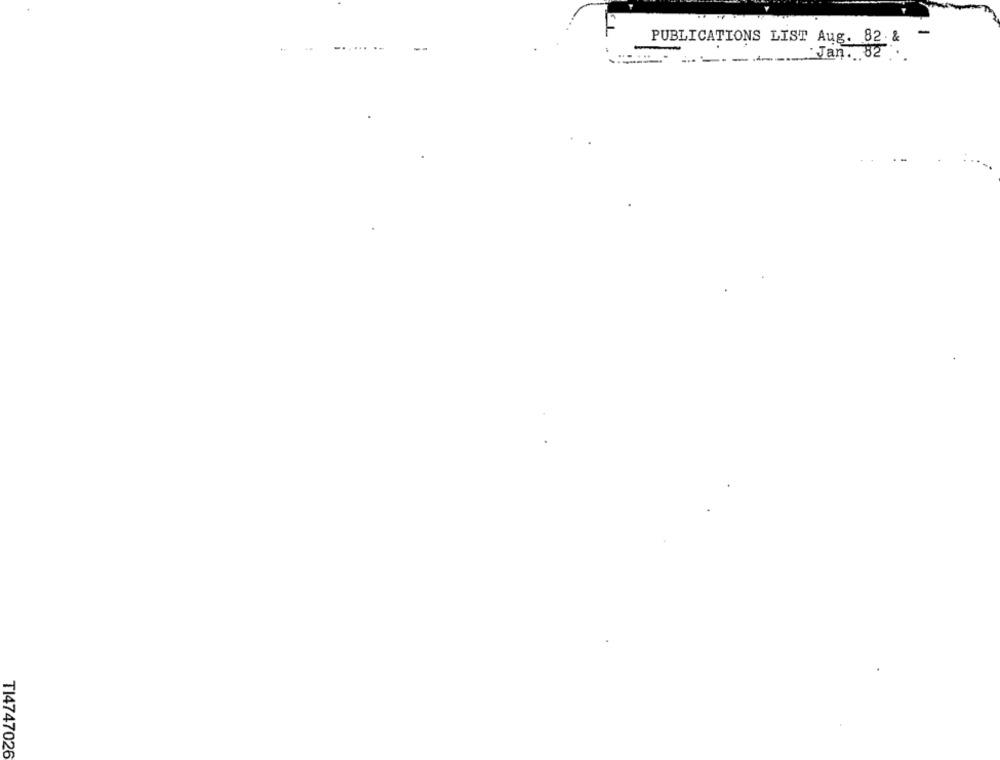
-
PUBLICATIONS LIST Aug. 82. &
...... ..
--
Jan. 82 ...
TI4747026